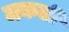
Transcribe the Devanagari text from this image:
मकली